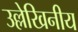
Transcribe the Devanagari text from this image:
उल्लेखिनीय